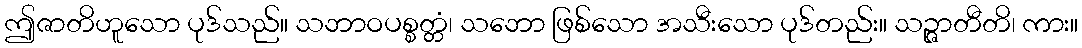
ဤဇာတိဟူသော ပုဒ်သည်။ သဘာဝပစ္စတ္တံ၊ သဘော ဖြစ်သော အသီးသော ပုဒ်တည်း။ သဉ္ဇာတီတိ၊ ကား။